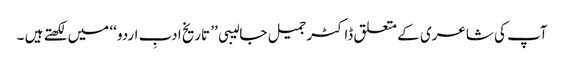
آپ کی شاعری کے متعلق ڈاکٹر جمیل جالیبی ’’ تاریخ ادبِ اردو ‘‘ میں لکھتے ہیں ۔